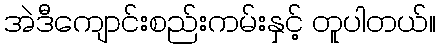
အဲဒီကျောင်းစည်းကမ်းနှင့် တူပါတယ်။